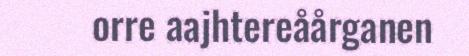
orre aajhtereåårganen